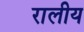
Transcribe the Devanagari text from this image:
रालीय